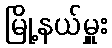
မြို့နယ်မှူး